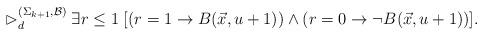
LaTeX: \begin{align*}\rhd_d^{(\Sigma_{k+1}, \mathcal{B})} \; \exists r \leq 1 \; [(r=1 \rightarrow B(\vec{x}, u+1)) \wedge (r=0 \rightarrow \neg B(\vec{x}, u+1))].\end{align*}